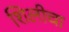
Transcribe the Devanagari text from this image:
शिलीचा